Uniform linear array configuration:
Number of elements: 8
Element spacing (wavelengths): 0.5
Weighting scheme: hamming
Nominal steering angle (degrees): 45
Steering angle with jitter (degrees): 44.981
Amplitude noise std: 0.05
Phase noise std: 0.05

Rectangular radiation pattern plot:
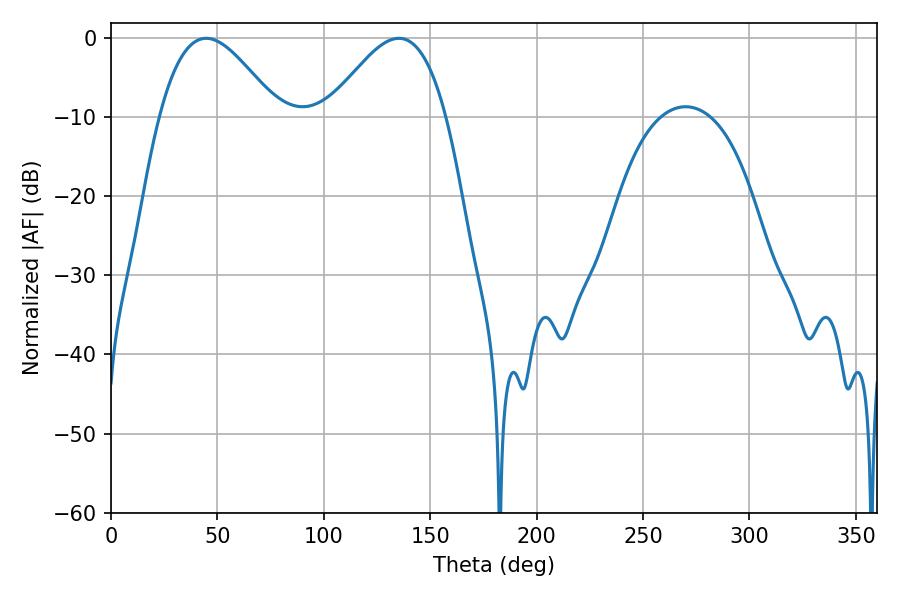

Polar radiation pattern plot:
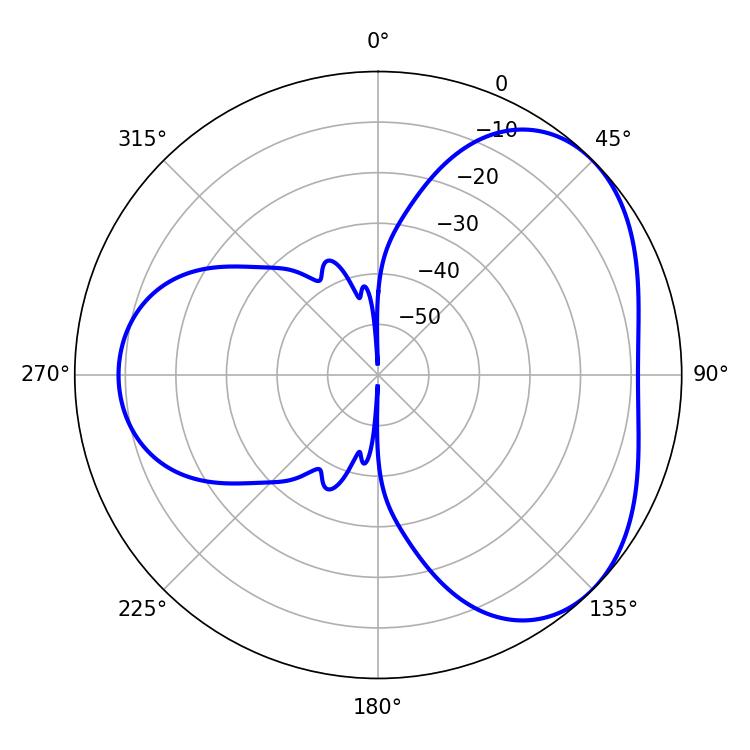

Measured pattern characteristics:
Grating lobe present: FALSE
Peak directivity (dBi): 4.033
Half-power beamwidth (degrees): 29.88
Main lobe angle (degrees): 44.64